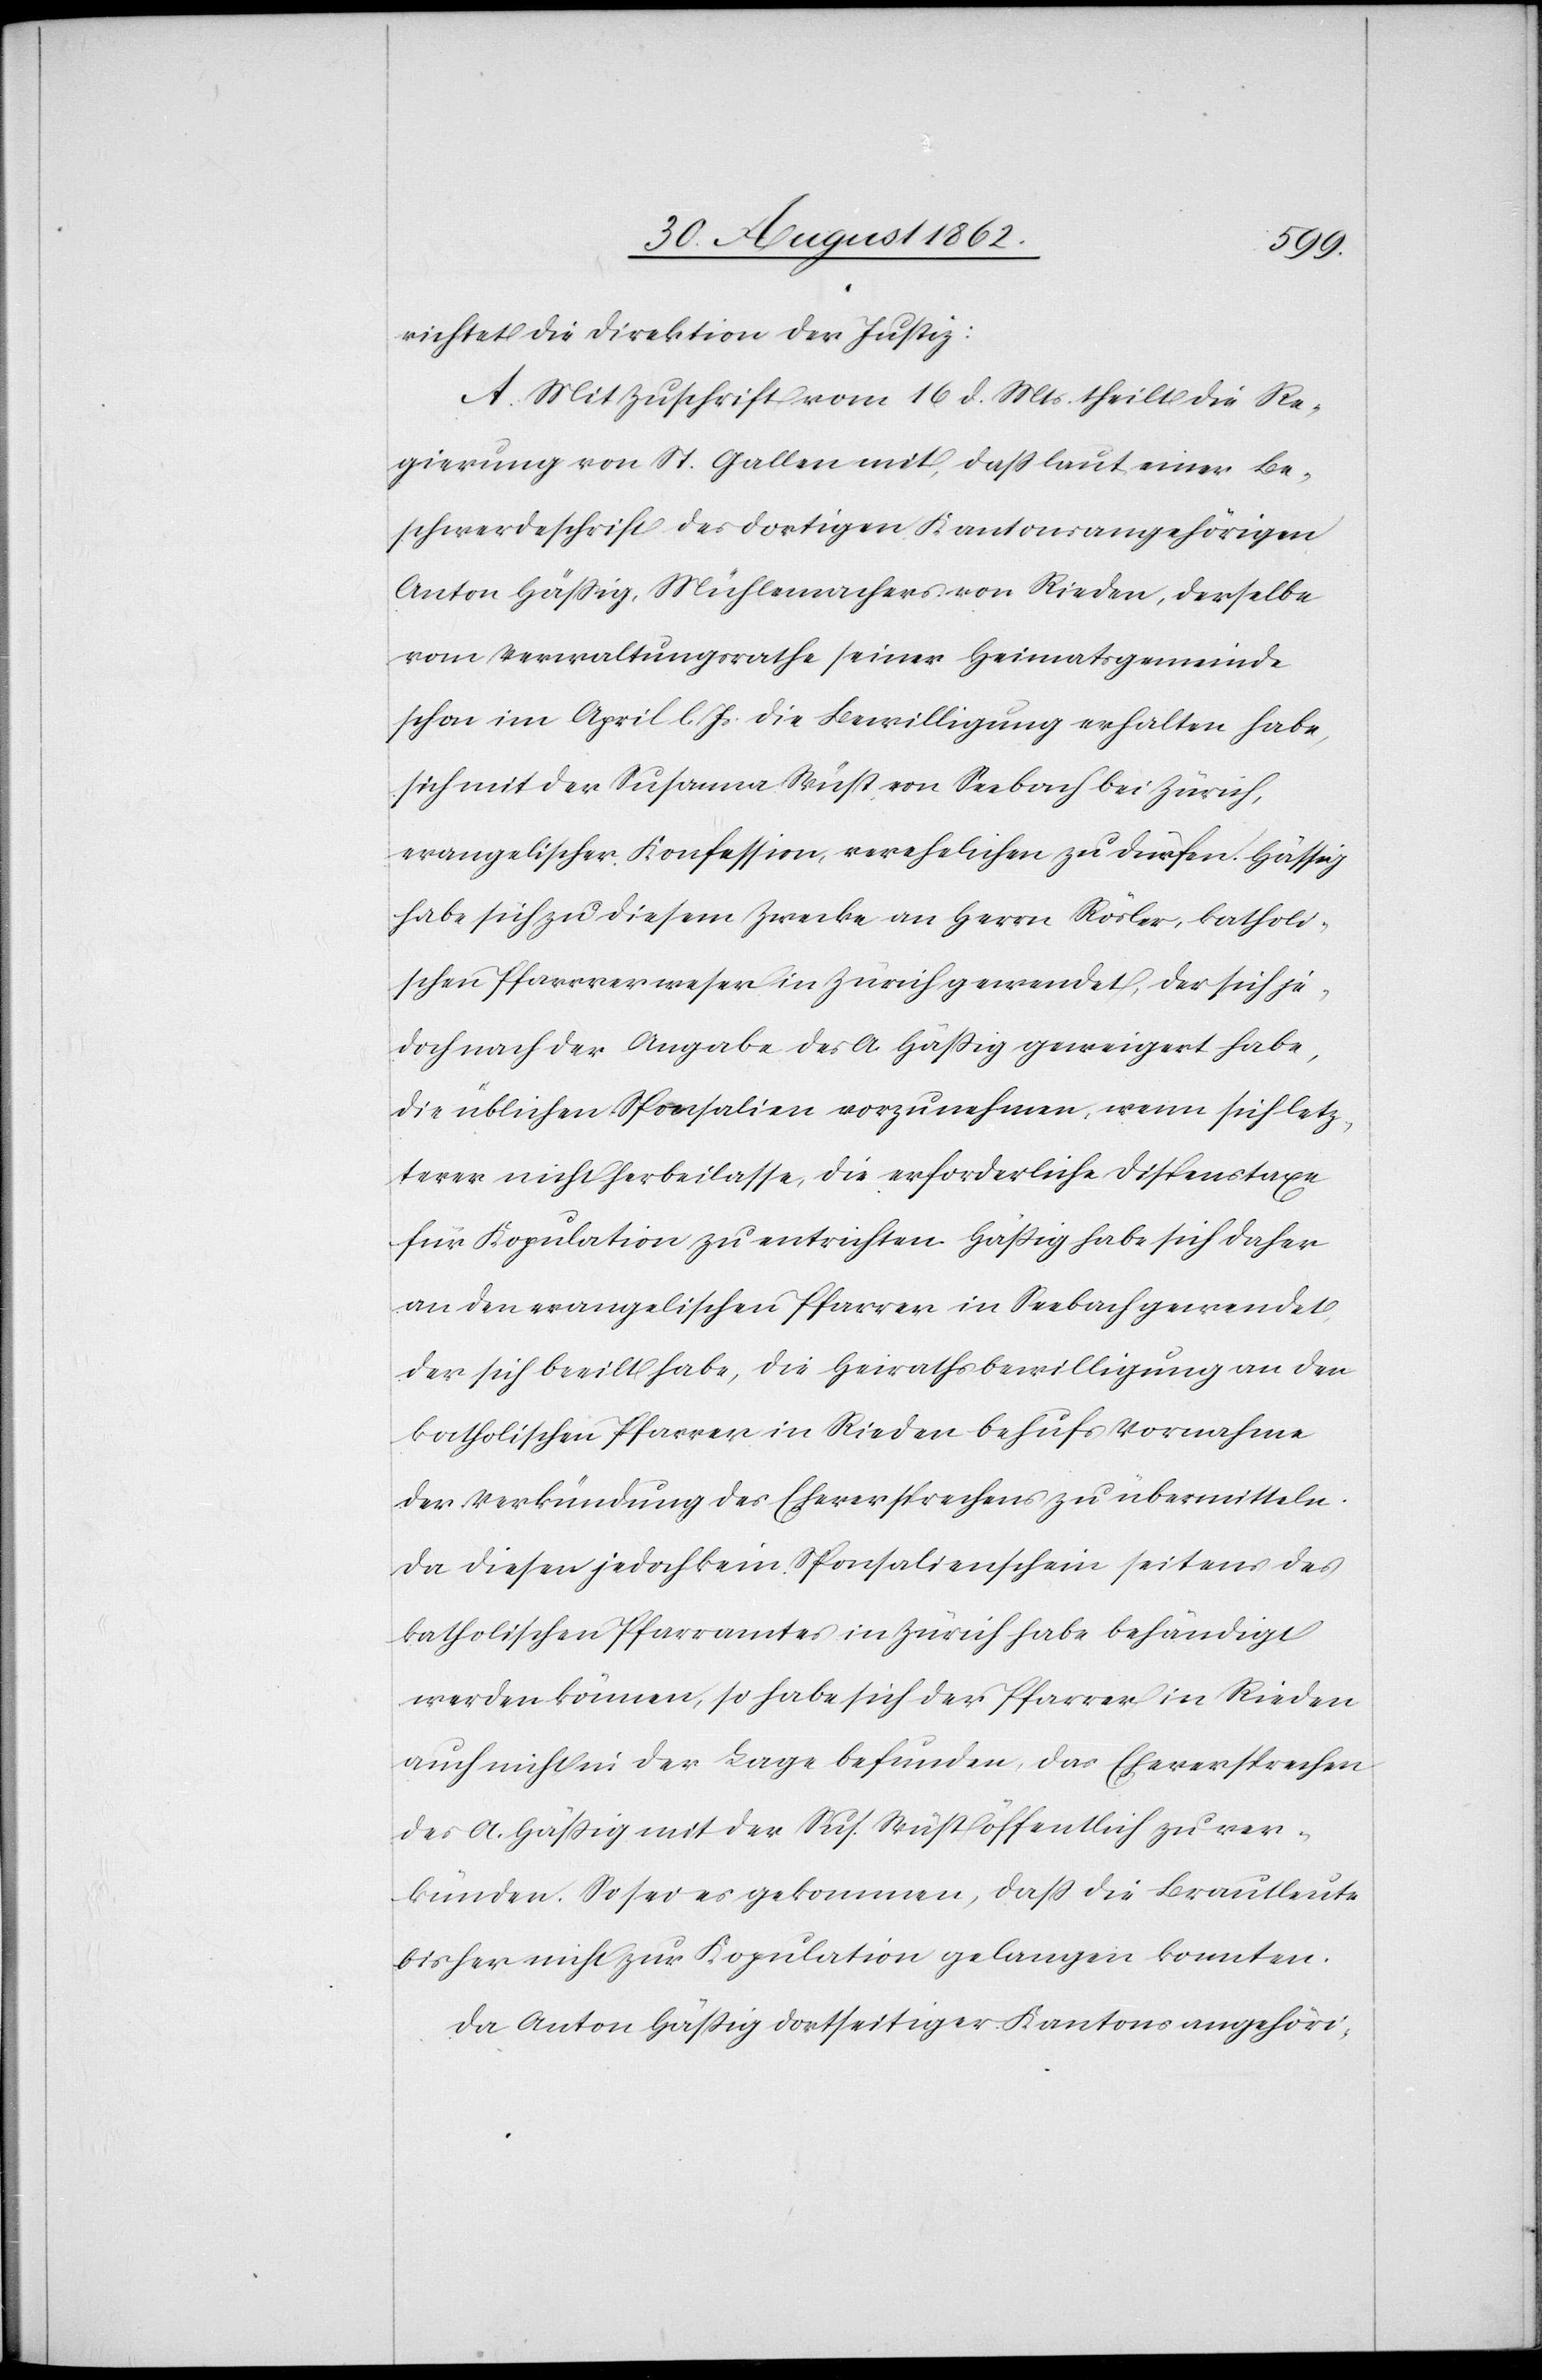
treffend die Direktion der Justiz:
A. Mit Zuschrift vom 1t. d. Mts. theilt die Re¬
gierung von St. Gallen mit, daß laut einer Be¬
schwerdeschrift des dortigen Kantonsangehörigen
Anton Hässig, Mühlemachers von Rieden derselbe
vom Verwaltungsrathe seiner Heimatsgemeinde
schon im April l. Js. die Bewilligung erhalten habe,
sich mit der Susanna Wüst von Seebach bei Zürich,
evangelischer Konfession, verehelichen zu dürfen. Hässig
habe sich zu diesem Zwecke an Herrn Rösler, katholi¬
schen Pfarrverweser in Zürich gewendet, der sich je¬
doch nach der Angabe des A. Hässig geweigert habe,
die üblichen Sponsalien vorzunehmen, wenn sich letz¬
terer nicht herbeilasse, die erforderliche Dispenstaxe
für Kopulation zu entrichten. Hässig habe sich daher
an den evangelischen Pfarrer in Seebach gewendet,
der sich beeilt habe, die Heirathungsbewilligung an den
katholischen Pfarrer in Rieden behufs Vornahme
der Verkündung des Eheversprechens zu übermitteln.
Da diesen jedoch kein Sponsalienschein seitens des
katholischen Pfarramtes in Zürich habe behändigt
werden können, so habe sich der Pfarrer in Rieden
auch nicht in der Lage befunden, das Eheversprechen
des A. Hässig mit der Sus. Wüst öffentlich zu ver¬
künden. So sei es gekommen, daß die Brautleute
bisher nicht zur Kopulation gelangen konnten.
Da Anton Hässig dortseitiger Kantonsangehöri-